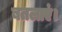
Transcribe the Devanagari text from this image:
बतलाएं।